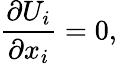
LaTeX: \frac{\partial U_{i}}{\partial x_{i}}=0,